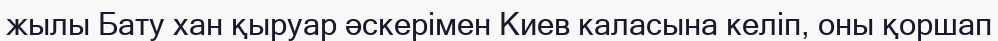
жылы Бату хан қыруар әскерімен Киев каласына келіп, оны қоршап